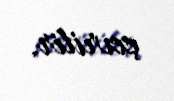
çevrilir.